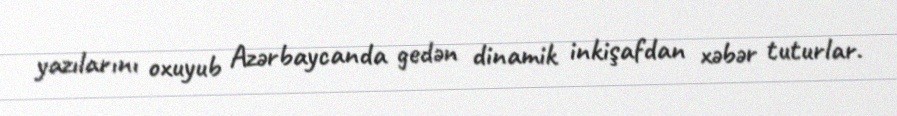
yazılarını oxuyub Azərbaycanda gedən dinamik inkişafdan xəbər tuturlar.